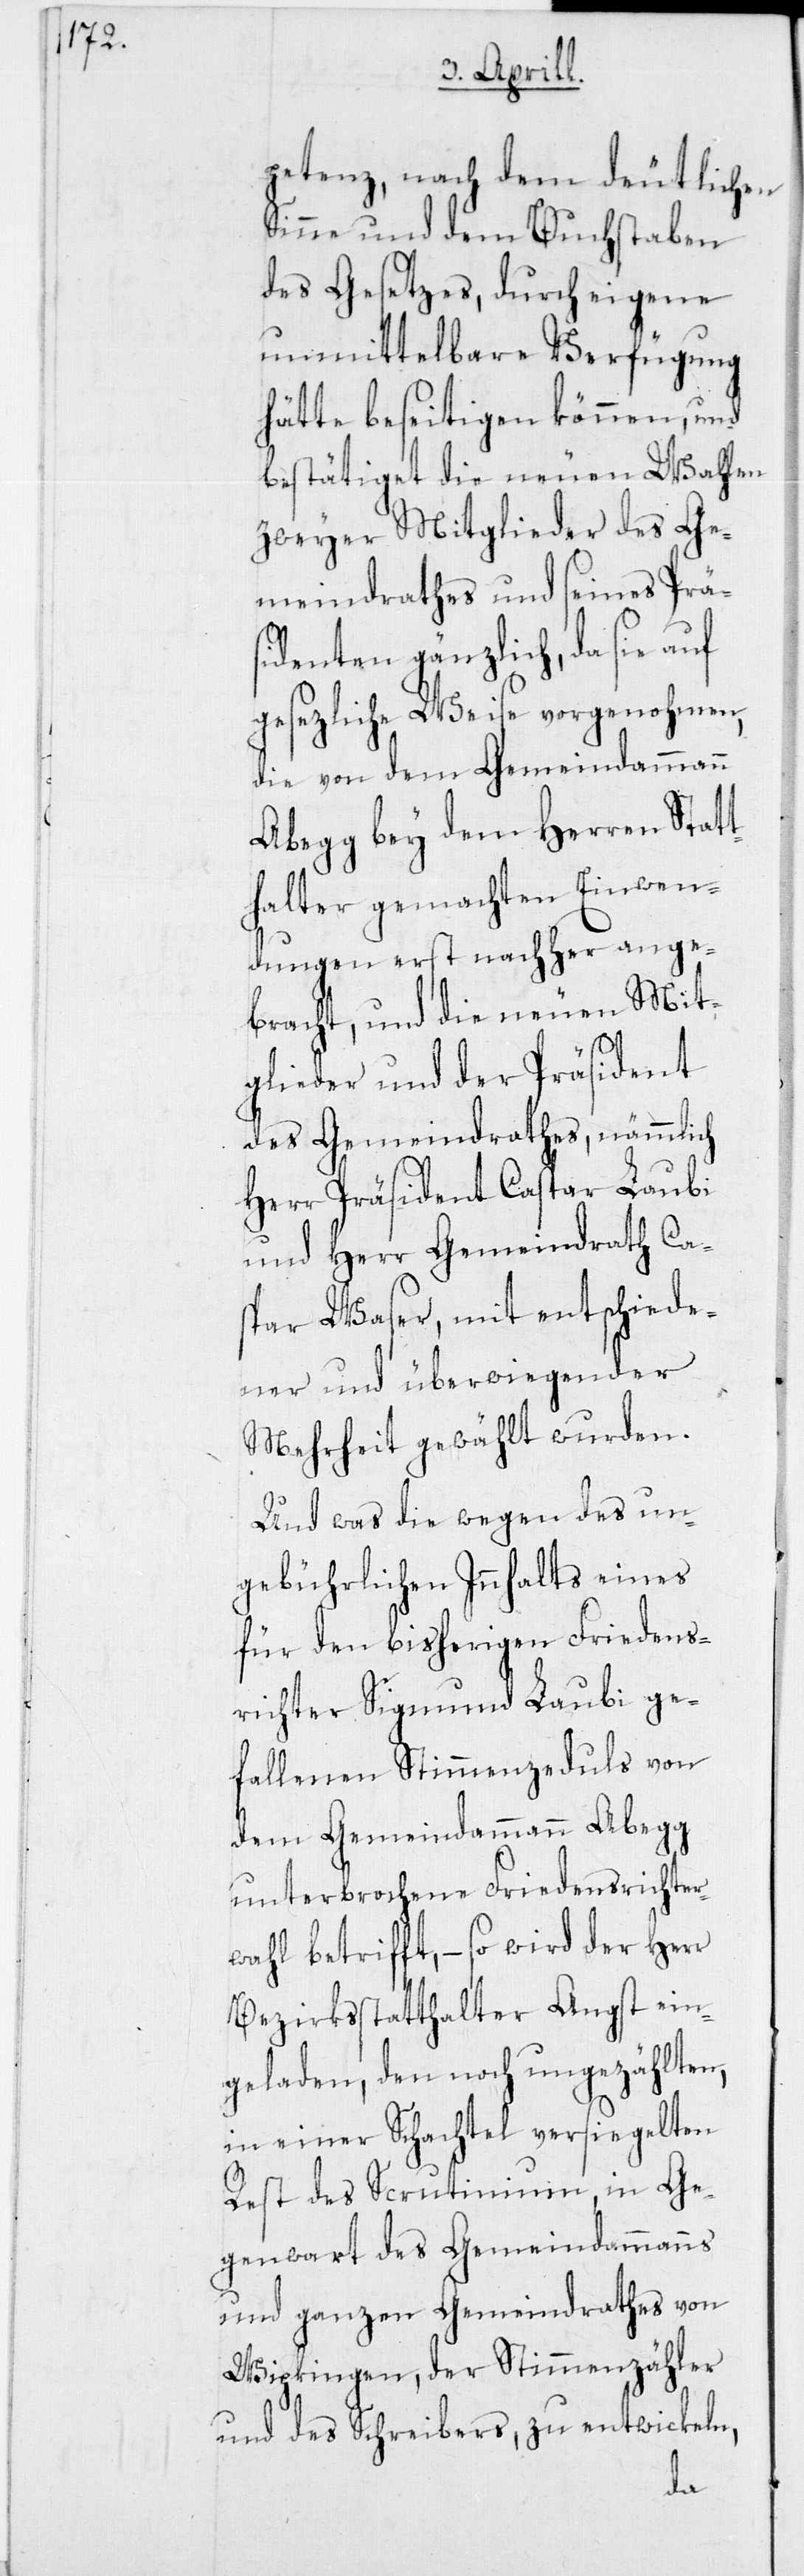
petenz, nach dem deutlichen
Sinne und dem Buchstaben
des Gesetzes, durch eigene
unmittelbare Verfügung
hätte beseitigen können, und
bestätiget die neuen Wahlen
zweyer Mitglieder des Ge¬
meindrathes und seines Präs¬
identen gänzlich, da sie auf
gesetzliche Weise vorgenohmen,
die von dem Gemeindammann
Abegg bey dem Herren Stat¬
thalter gemachten Einwen¬
dungen erst nachher ange¬
bracht, und die neuen Mit¬
glieder und der Präsident
des Gemeindrathes, nämmlich
Herr Präsident Caspar Laubi
und Herr Gemeindrath Ca¬
spar Waser, mit entschiede¬
ner und überwiegender
Mehrheit gewählt wurden.
Und was die wegen des un¬
gebührlichen Innhalts eines
für den bisherigen Friedens¬
richter Sigmund Laubi ge¬
fallenen Stimmenzeduls von
dem Gemeindammann Abegg
unterbrochene Friedensrichter¬
wahl betrifft, – so wird der Herr
Bezirksstatthalter Angst ein¬
geladen, den noch ungezählten,
in einer Schachtel versiegelten
Rest des Scrutinium, in Ge¬
genwart des Gemeindammanns
und ganzen Gemeindrathes von
Wipkingen, der Stimmenzähler
und des Schreibers, zu entwickeln,